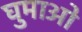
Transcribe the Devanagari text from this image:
घुमाओ